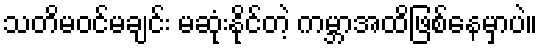
သတိမဝင်မချင်း မဆုံးနိုင်တဲ့ ကမ္ဘာအထိဖြစ်နေမှာပဲ။